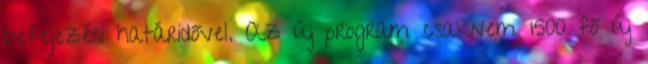
befejezési határidővel. Az új program csaknem 1500 fő új